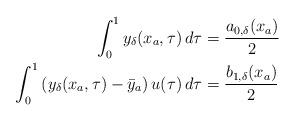
LaTeX: \begin{align*}\displaystyle \int_{0}^{1}y_\delta(x_a,\tau)\,d\tau &= \dfrac{a_{0,\delta}(x_a)}{2}\\\displaystyle \int_{0}^{1}\left ( y_\delta({x_a},\tau)-\bar{y}_a \right ) u(\tau)\,d\tau &= \dfrac{b_{1,\delta}(x_a)}{2}\end{align*}